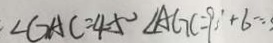
\angle G A C = 4 5 ^ { \circ } \angle A G C = 9 0 ^ { \circ } + 6 =